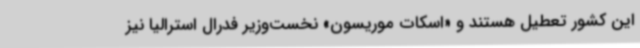
این کشور تعطیل هستند و «اسکات موریسون» نخست‌وزیر فدرال استرالیا نیز